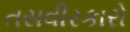
તસવીરકારો